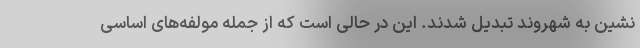
نشین به شهروند تبدیل شدند. این در حالی است که از جمله مولفه‌های اساسی